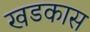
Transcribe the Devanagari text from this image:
खडकास